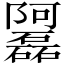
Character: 𲉦